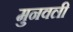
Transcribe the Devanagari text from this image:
मुनवली